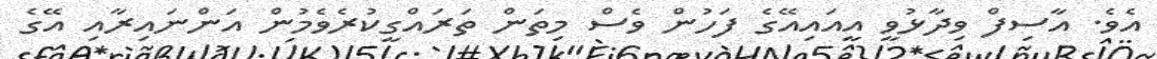
އެވެ. އާސިފް ވިދާޅުވީ އީއައިއޭގެ ފަހުން ވެސް މިތަން ތަރައްގީކުރެވެމުން އަންނައިރާއި އޭގެ